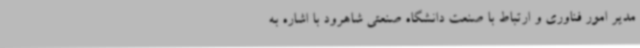
مدیر امور فناوری و ارتباط با صنعت دانشگاه صنعتی شاهرود با اشاره به